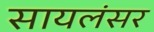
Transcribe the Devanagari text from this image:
सायलंसर